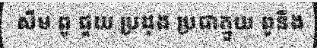
សឹម ពូ ជួយ ប្រដុង ប្រជាក្មួយ ពូនឹង